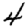
Digit: 4